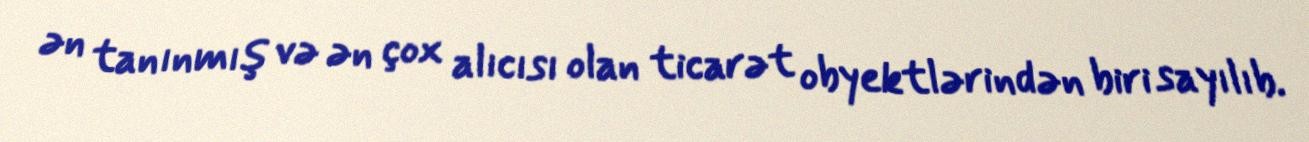
ən tanınmış və ən çox alıcısı olan ticarət obyektlərindən biri sayılıb.